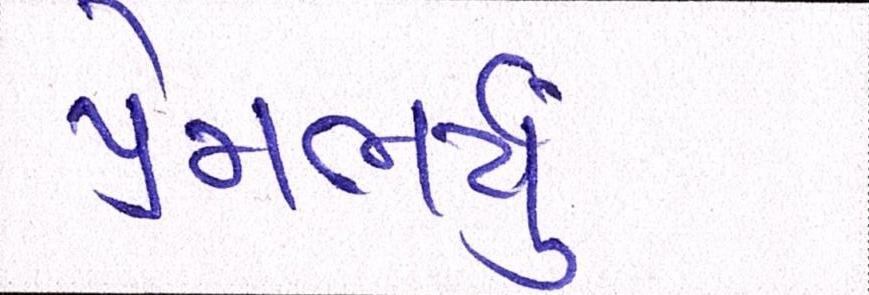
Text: પ્રેમભર્યું